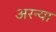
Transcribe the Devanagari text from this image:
अरन्या